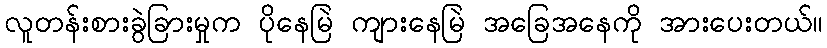
လူတန်းစားခွဲခြားမှုက ပိုနေမြဲ ကျားနေမြဲ အခြေအနေကို အားပေးတယ်။